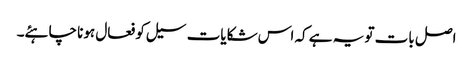
اصل بات تو یہ ہے کہ اس شکایات سیل کو فعال ہونا چاہئے۔